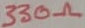
Text: 330Ω